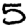
Digit: 5